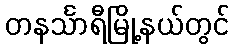
တနင်္သာရီမြို့နယ်တွင်